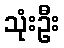
သုံးဦး